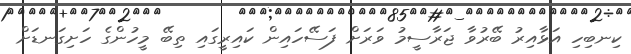
ކިނބިހި އަޅާއިރު ބޭރުވާ ޖަރާސީމު ވަރަށް ފަސޭހައިން ކައިރީގައި ތިބޭ މީހުންގެ ހަށިގަނޑަށް